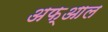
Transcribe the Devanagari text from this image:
अफ्आल